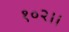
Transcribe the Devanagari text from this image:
१०२।।